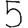
Digit: 5